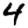
Digit: 4